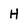
Character: H